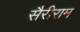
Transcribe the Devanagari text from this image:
सैरीराम